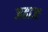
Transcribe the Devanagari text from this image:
जहाजः